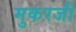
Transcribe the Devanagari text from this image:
मुकरजी